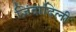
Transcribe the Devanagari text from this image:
ज़िंदादिली